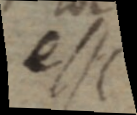
esse